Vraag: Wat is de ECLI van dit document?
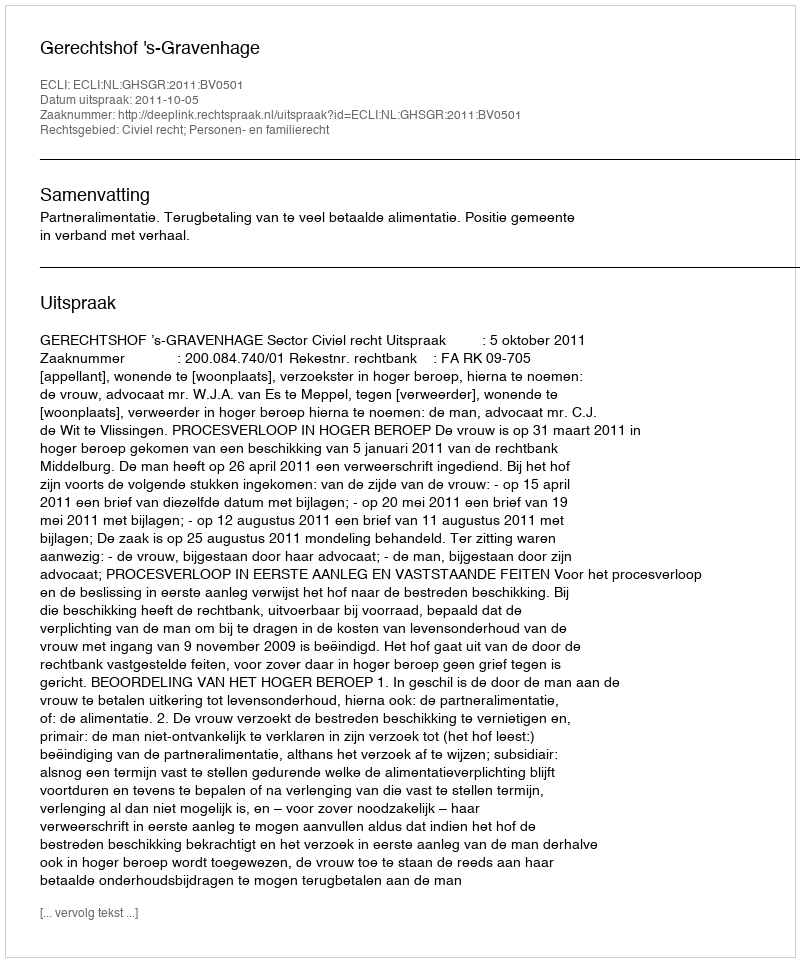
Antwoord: ECLI:NL:GHSGR:2011:BV0501